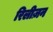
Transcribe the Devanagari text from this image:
रिलीज़न